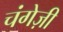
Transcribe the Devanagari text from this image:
चंगेज़ी